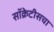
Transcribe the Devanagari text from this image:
सॉक्रेटीसचा